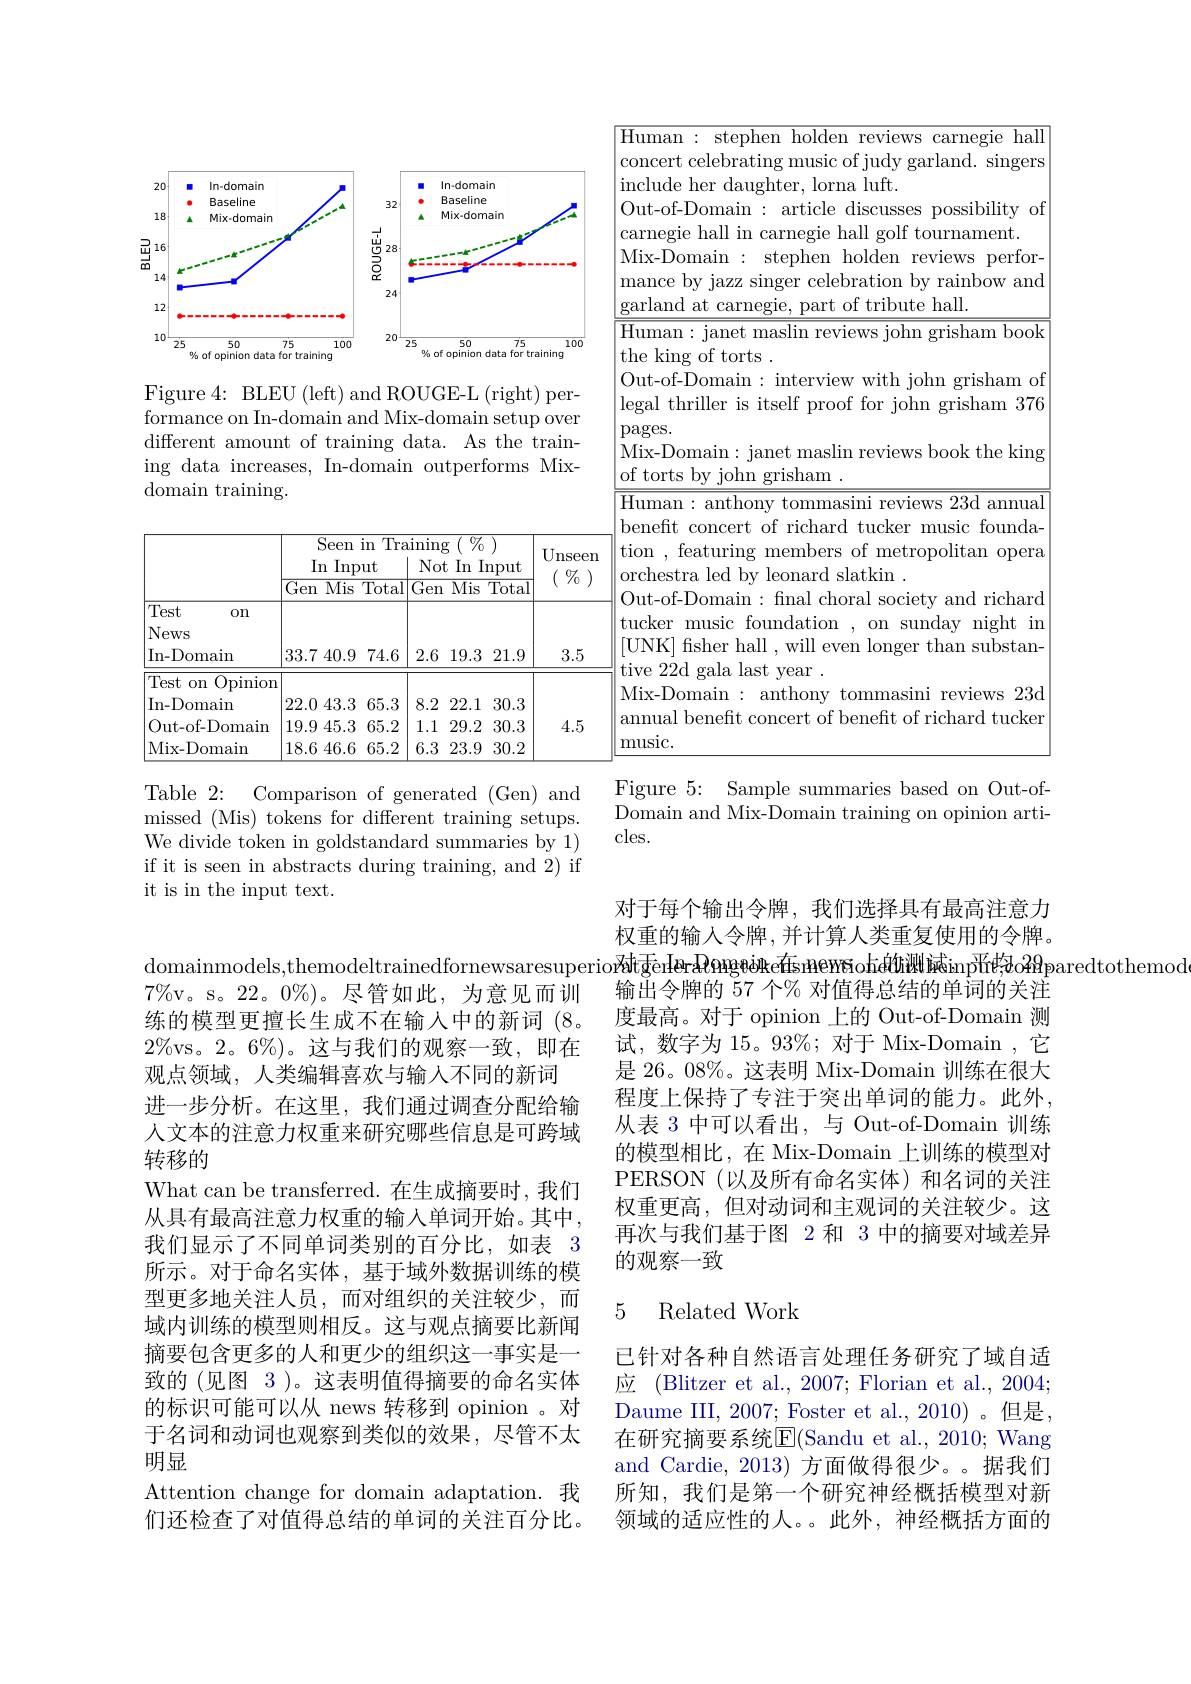
<FigureHere>

Figure 4: BLEU (left) and ROUGE-L (right) performance on In-domain and Mix-domain setup over different amount of training data. As the training data increases, In-domain outperforms Mixdomain training.

${\frac{\mathrm{Seen~in~Training~}(\begin{array}{c}\%\end{array})}{\mathrm{Seen~in~Training~}(\begin{array}{c}\%\end{array})}}$

In Input

$\mid$Not In Input

$\boxed{\text{Gen Mis Total}}$Gen Mis Total

$\boxed{\text{Test }}$

on

$\left|\mathrm{News}\right|$

33.7 40.9 74.6 | 2.6 19.3 21.9

$\left|\mathrm{In-Domain}\right|$

$\boxed{\text{Test on Opinion}}$

22.0 43.3 65.3 | 8.2 22.1 30.3

$\left|\mathrm{In-Domain}\right|$

$\left|\mathrm{Out-of-Domain~}\left|19.9\:45.3\:65.2\right|\:1.1\:29.2\:30.3\right|$

18.646.665.2|6.323.930.2

|Mix-Domain

Table 2: Comparison of generated (Gen) and missed (Mis) tokens for different training setups. We divide token in goldstandard summaries by 1) if it is seen in abstracts during training, and 2) if it is in the input text.

$\overline{\mathrm{Human~:~stephen~holden~reviews~carnegie~hall}}$
<table>
	<tbody>
		<tr>
			<td>Out-of-Domain: article discusses possibility of arnegie hall in carnegie hall golf tournament. Mix-Domain: stephen holden reviews perfor- mance by jazz singer celebration by rainbow and garland at carnegie. part of tribute hall.</td>
		</tr>
	</tbody>
</table>
$\left(\begin{array}{c}0&0\\\end{array}\right)$ 3.54.5

Figure 5: Sample summaries based on Out-ofDomain and Mix-Domain training on opinion articles.

转移的

$7\%$v。s。22。0%)。尽管如此，为意见而训练的模型更擅长生成不在输入中的新词 (8。$2\%$vs。2。6%)。这与我们的观察一致，即在观点领域，人类编辑喜欢与输入不同的新词
进一步分析。在这里，我们通过调查分配给输人文本的注意力权重来研究哪些信息是可跨域What can be transferred. 在生成摘要时，我们从具有最高注意力权重的输入单词开始。其中， 我们显示了不同单词类别的百分比，如表 3所示。对于命名实体，基于域外数据训练的模型更多地关注人员，而对组织的关注较少，而域内训练的模型则相反。这与观点摘要比新闻摘要包含更多的人和更少的组织这一事实是一致的 (见图 3 )。这表明值得摘要的命名实体的标识可能可以从 news 转移到 opinion 。对于名词和动词也观察到类似的效果，尽管不太明显
Attention change for domain adaptation. 我们还检查了对值得总结的单词的关注百分比。

对于每个输出令牌，我们选择具有最高注意力权重的输入令牌，并计算人类重复使用的令牌。
domainmodels,themodeltrainedfornewsaresuperio$i$sătāenIerRongeèke在sınemēnohátùพàinpīrțbo$2\Re$paredtothemod
输出令牌的 57 个% 对值得总结的单词的关注度最高。对于 opinion 上的 Out-of-Domain 测试，数字为 15。93%; 对于 Mix-Domain ,它是 26。08%。这表明 Mix-Domain 训练在很大程度上保持了专注于突出单词的能力。此外， 从表 3 中可以看出，与 Out-of-Domain 训练的模型相比，在 Mix-Domain 上训练的模型对PERSON (以及所有命名实体)和名词的关注权重更高，但对动词和主观词的关注较少。这再次与我们基于图 2 和 3 中的摘要对域差异的观察一致

### 5 Related Work

已针对各种自然语言处理任务研究了域自适应 (Blitzer et al., 2007; Florian et al., 2004; ${\mathrm{Daume~III,~2007;~Foster~et~al.,~2010)~。但是，}}$ 在研究摘要系统E(Sandu et al., 2010; Wang and Cardie, 2013) 方面做得很少。据我们所知，我们是第一个研究神经概括模型对新领域的适应性的人。。此外，神经概括方面的